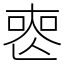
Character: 𠷔